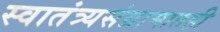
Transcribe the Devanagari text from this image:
स्वातंत्र्यसंग्रामातही